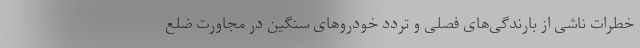
خطرات ناشی از بارندگی‌های فصلی و تردد خودروهای سنگین در مجاورت ضلع